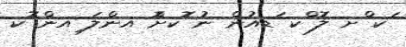
ަކ ްށ ލޮ ްކ ަޑއުން ނު ޮކށްޮ އންލަ ިއން ޮކ